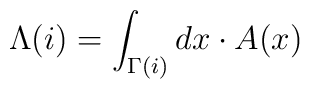
\Lambda(i) = \int_{\Gamma(i)} dx\cdot A(x)